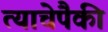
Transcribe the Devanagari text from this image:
त्याचेपैकी